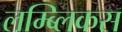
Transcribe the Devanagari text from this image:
लम्ब्लिकस